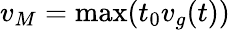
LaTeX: v_{M}=\operatorname*{max}(t_{0}v_{g}(t))